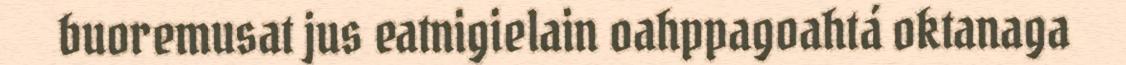
buoremusat jus eatnigielain oahppagoahtá oktanaga